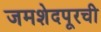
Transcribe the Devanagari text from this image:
जमशेदपूरची